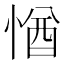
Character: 㥢